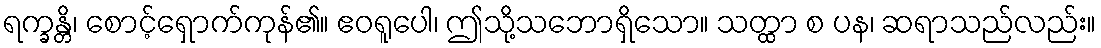
ရက္ခန္တိ၊ စောင့်ရှောက်ကုန်၏။ ဧဝရူပေါ၊ ဤသို့သဘောရှိသော။ သတ္ထာ စ ပန၊ ဆရာသည်လည်း။